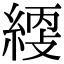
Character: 䌄